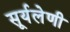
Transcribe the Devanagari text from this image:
सूर्यलेणी